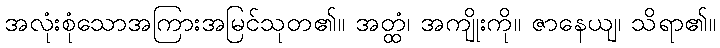
အလုံးစုံသောအကြားအမြင်သုတ၏။ အတ္ထံ၊ အကျိုးကို။ ဇာနေယျ၊ သိရာ၏။